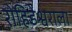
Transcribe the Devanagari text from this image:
रोहिडेश्वराला